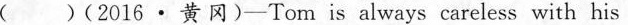
( )(2016· 黄冈)—Tom is always careless with his